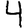
Digit: 4